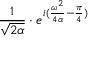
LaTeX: { \frac { 1 } { \sqrt { 2 \alpha } } } \cdot e ^ { i ( { \frac { \omega ^ { 2 } } { 4 \alpha } } - { \frac { \pi } { 4 } } ) }